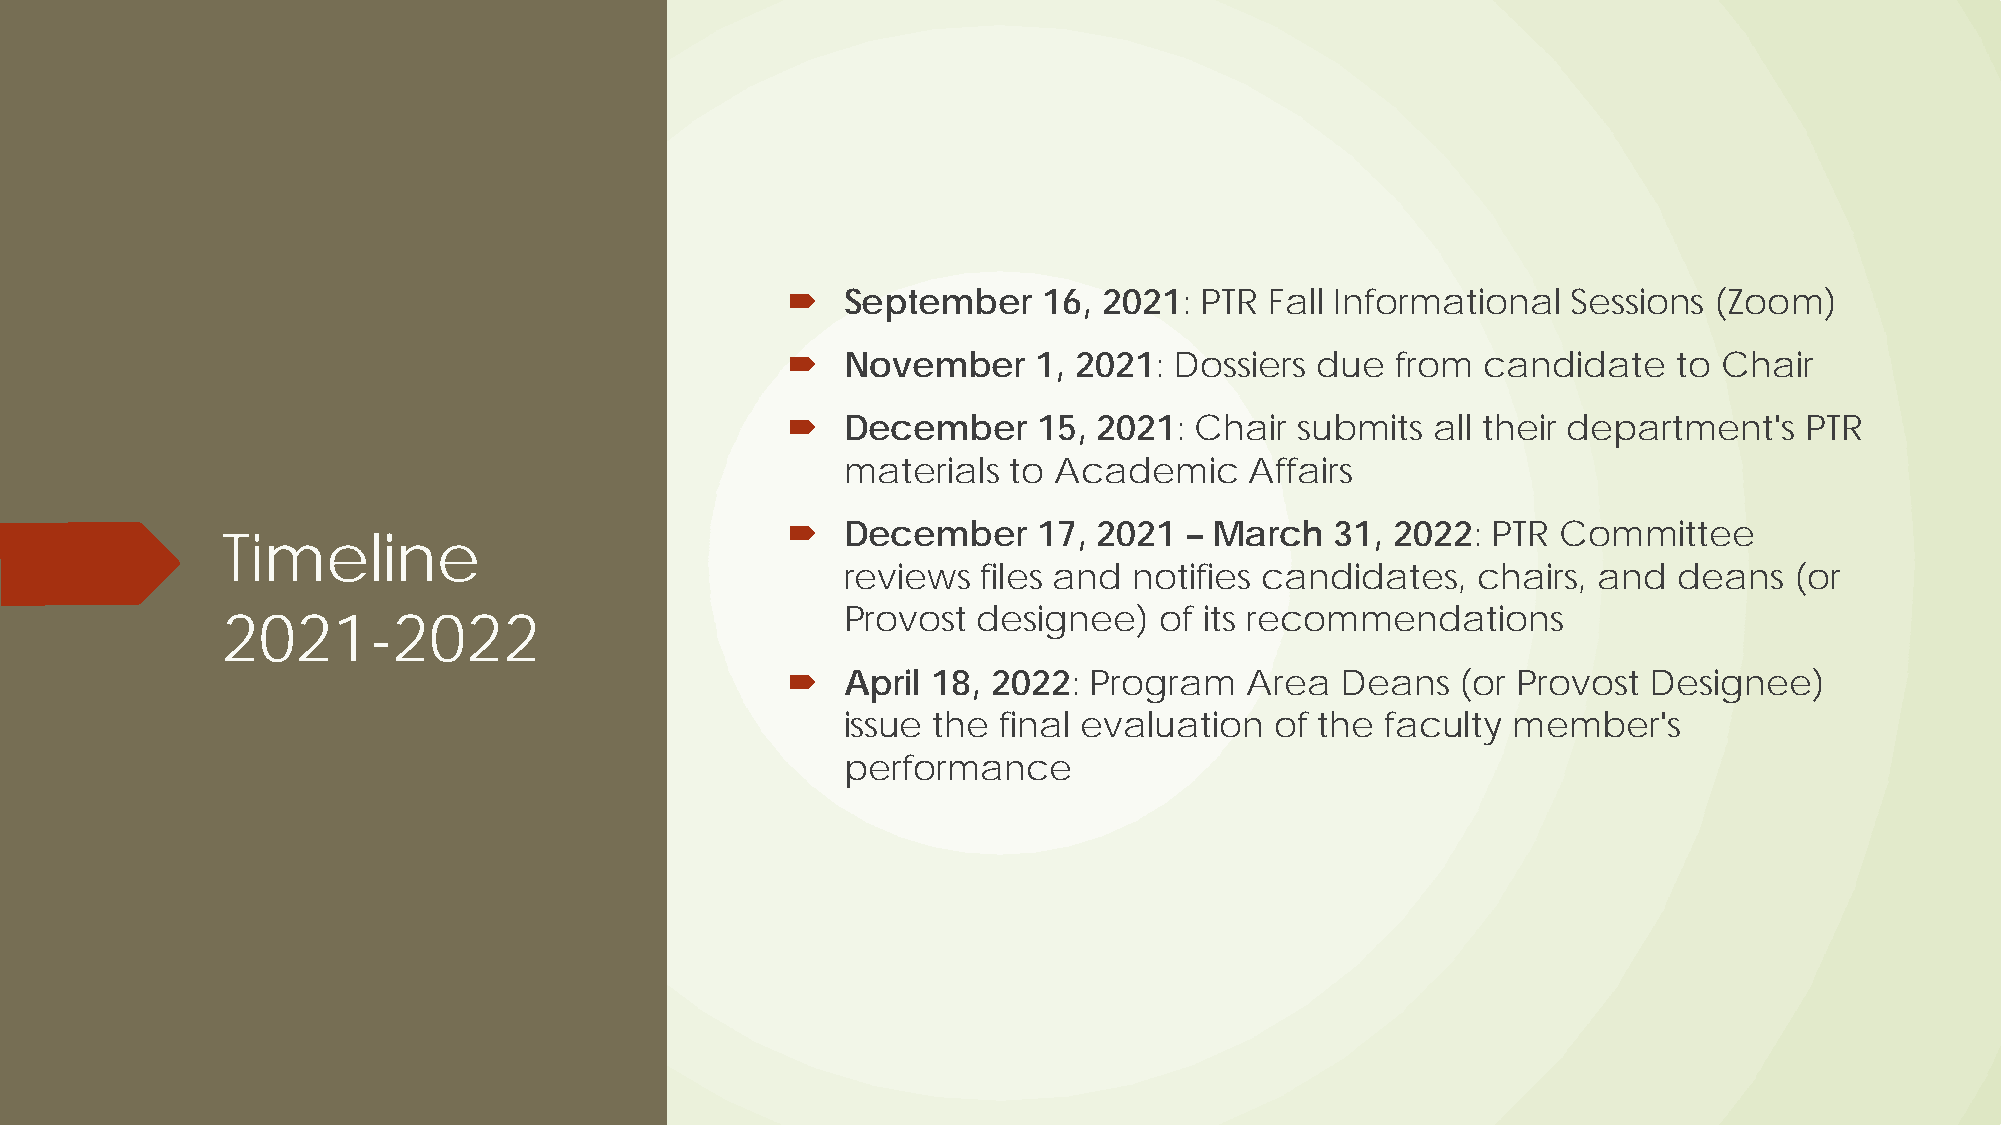
   September    16, 2021: PTR  Fall Informational  Sessions (Zoom)
    November     1, 2021: Dossiers due  from  candidate    to Chair
    December     15, 2021: Chair  submits  all their department's  PTR
 materials  to Academic     Affairs
    December     17, 2021 – March   31, 2022:  PTR Committee
 Timeline
 reviews  files and notifies candidates,   chairs, and  deans   (or
 Provost  designee)   of its recommendations
 2021-2022
    April 18, 2022: Program    Area  Deans   (or Provost Designee)
 issue the final evaluation  of the  faculty member's
 performance